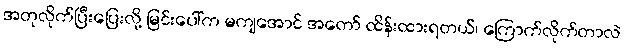
အတုလိုက်ပြီးပြေးလို့ မြင်းပေါ်က မကျအောင် အတော် ထိန်းထားရတယ်၊ ကြောက်လိုက်တာလဲ